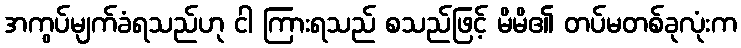
အကွပ်မျက်ခံရသည်ဟု ငါ ကြားရသည် စသည်ဖြင့် မိမိ၏ တပ်မတစ်ခုလုံးက